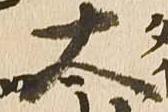
太